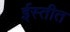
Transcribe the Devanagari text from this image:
ईस्तीत